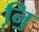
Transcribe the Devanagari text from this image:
नि़॒